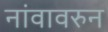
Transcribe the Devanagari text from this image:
नांवावरुन